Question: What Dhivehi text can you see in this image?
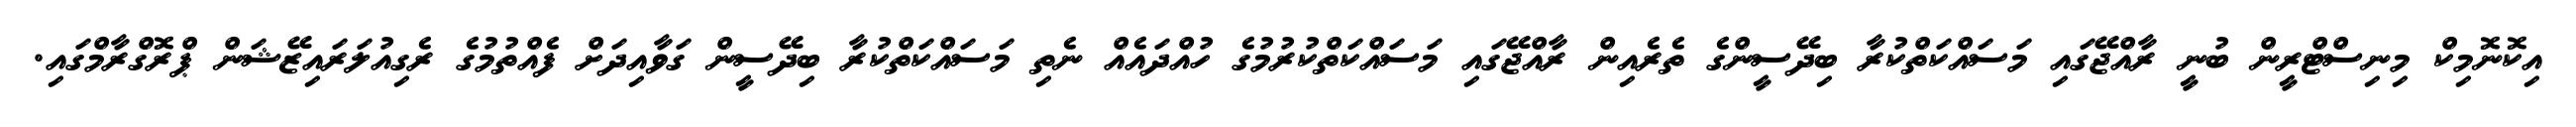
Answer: އިކޮނޮމިކް މިނިސްޓްރީން ބުނީ ރާއްޖޭގައި މަސައްކަތްކުރާ ބިދޭސީންގެ ތެރެއިން ރާއްޖޭގައި މަސައްކަތްކުރުމުގެ ހުއްދައެއް ނެތި މަސައްކަތްކުރާ ބިދޭސީން ގަވާއިދަށް ފެއްތުމުގެ ރެގިއުލަރައިޒޭޝަން ޕްރޮގްރާމްގައި.